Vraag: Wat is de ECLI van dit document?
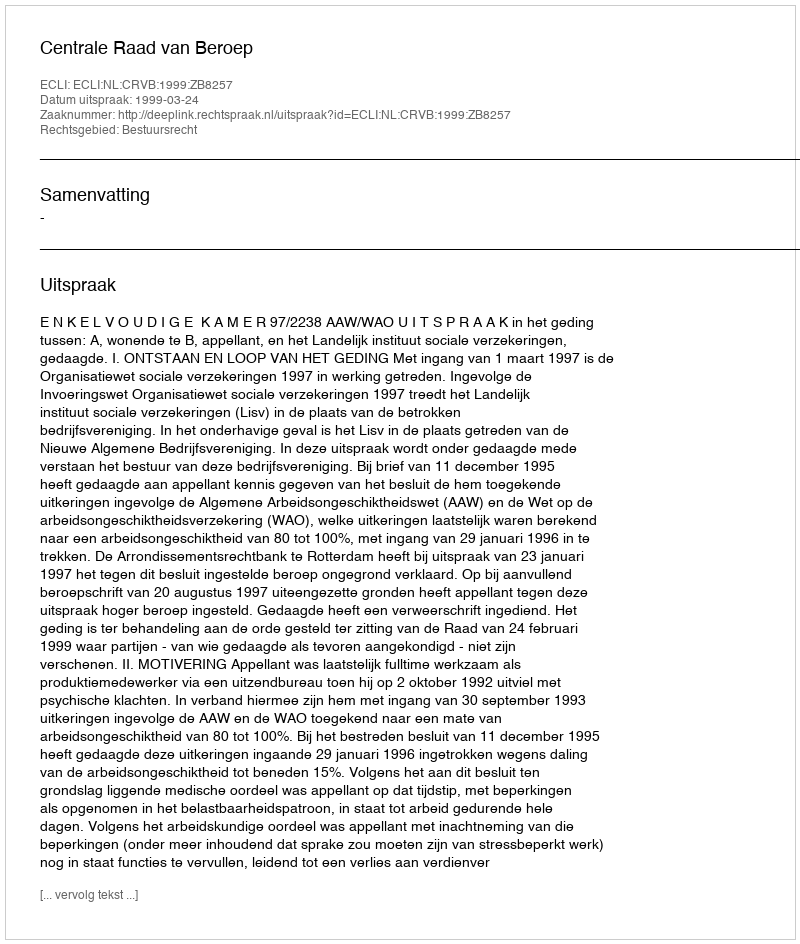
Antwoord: ECLI:NL:CRVB:1999:ZB8257